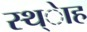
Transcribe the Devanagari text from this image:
स्थ्ेाह